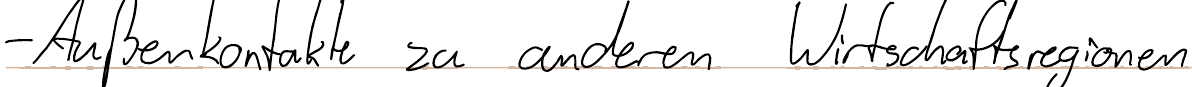
- Außenkontakte zu anderen Wirtschaftsregionen